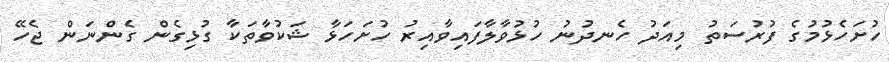
ހުށަހެޅުމުގެ ފުރުސަތު މިއަދު ހެނދުނު ހުޅުވާލާފައިވާއިރު ހުށަހަޅާ ޝަކުވާތަކާ ގުޅިގެން ގެންނަން ޖެހޭ